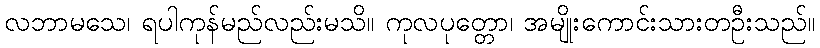
လဘာမသေ၊ ရပါကုန်မည်လည်းမသိ။ ကုလပုတ္တော၊ အမျိုးကောင်းသားတဦးသည်။